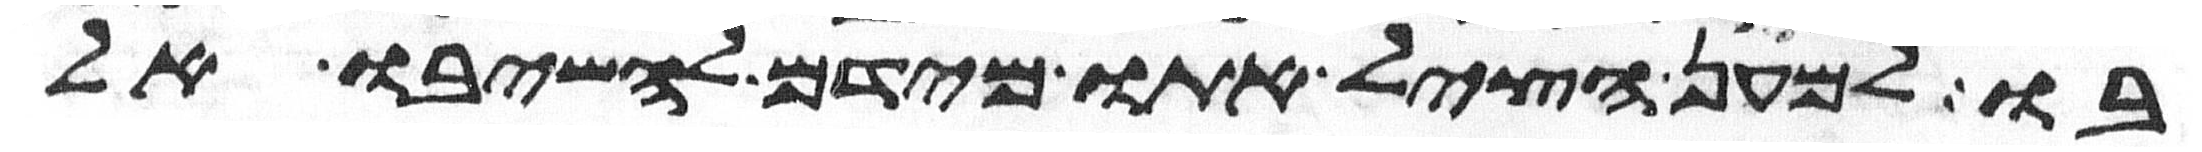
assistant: בו למען הציל אתו מידם להשיבו אל